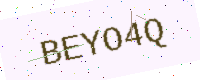
Text: BEYO4Q